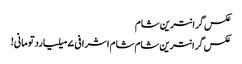
عکس گرانترین شام
عکس گرانترین شام	شام اشرافی ۷ میلیارد تومانی!